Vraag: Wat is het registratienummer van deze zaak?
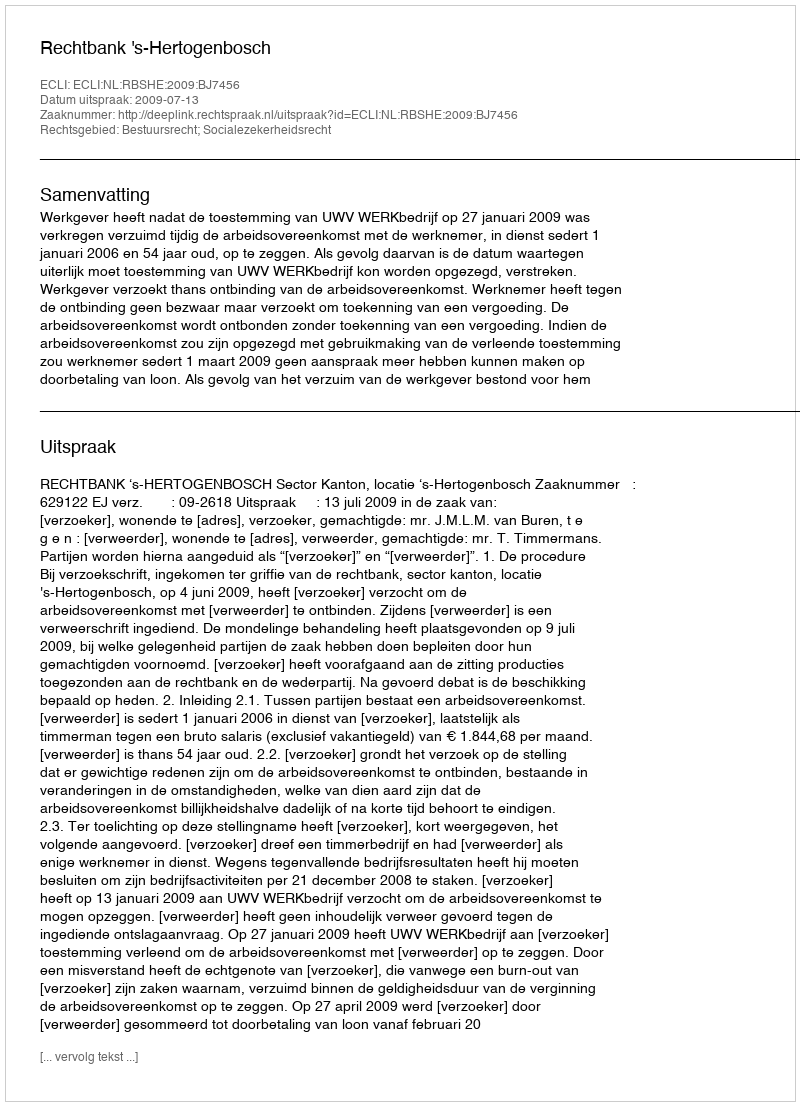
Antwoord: http://deeplink.rechtspraak.nl/uitspraak?id=ECLI:NL:RBSHE:2009:BJ7456